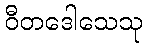
ဝီတဒေါသေသု